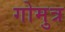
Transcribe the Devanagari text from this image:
गोमुत्र